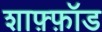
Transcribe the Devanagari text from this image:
शाफ़्फ़ॉड